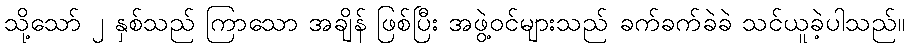
သို့သော် ၂ နှစ်သည် ကြာသော အချိန် ဖြစ်ပြီး အဖွဲ့ဝင်များသည် ခက်ခက်ခဲခဲ သင်ယူခဲ့ပါသည်။